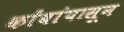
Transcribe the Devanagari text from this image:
कोंबांपासून